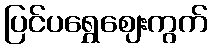
ပြင်ပရွှေဈေးကွက်